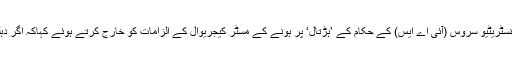
مسٹر گپتانے دہلی حکومت میں کام کرنے والے انڈین ایڈمنسٹریٹیو سروس (آئی اے ایس) کے حکام کے ’ہڑتال‘ پر ہونے کے مسٹر کیجریوال کے الزامات کو خارج کرتے ہوئے کہاکہ اگر دہلی میں حکام کام نہیں کررہے ہیں تو بجٹ کیسے پیش ہوا۔